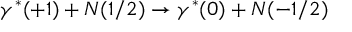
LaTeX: \gamma ^ { * } ( + 1 ) + N ( 1 / 2 ) \rightarrow \gamma ^ { * } ( 0 ) + N ( - 1 / 2 )